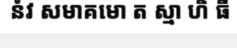
នំវ សមាគមោ ត ស្មា ហិ ធី